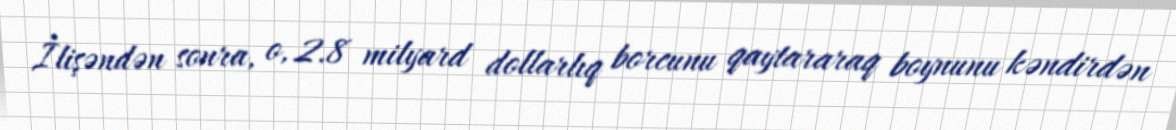
İlişəndən sonra, o, 2.8 milyard dollarlıq borcunu qaytararaq boynunu kəndirdən